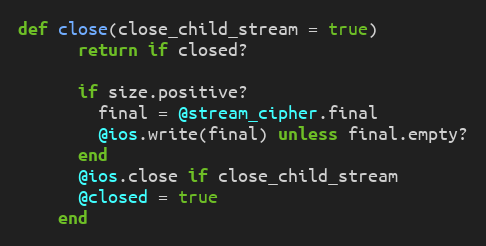
Language: Ruby
def close(close_child_stream = true)
      return if closed?

      if size.positive?
        final = @stream_cipher.final
        @ios.write(final) unless final.empty?
      end
      @ios.close if close_child_stream
      @closed = true
    end